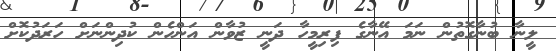
ލީނާ ބުނާގޮތުން ނަމަ އޭނާގެ ފިރިމީހާ ދަނީ ޒުވާން އަންހެން ކުދިންނަށް ހަރަދުކޮށް